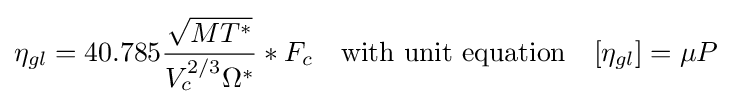
\eta _{gl}=40.785{\frac {\sqrt {MT^{*}}}{V_{c}^{2/3}\Omega ^{*}}}*F_{c}\quad {\text{with unit equation}}\quad [\eta _{gl}]=\mu P